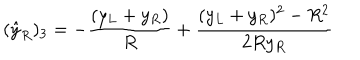
LaTeX: ( { \hat { y } } _ { R } ) _ { 3 } = - { \frac { ( y _ { L } + y _ { R } ) } { R } } + { \frac { ( y _ { L } + y _ { R } ) ^ { 2 } - R ^ { 2 } } { 2 R y _ { R } } }